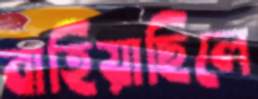
বাহিয়াছিলে